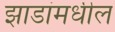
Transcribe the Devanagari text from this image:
झाडांमधील